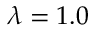
\lambda = 1 . 0